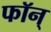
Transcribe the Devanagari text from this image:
फॉन्